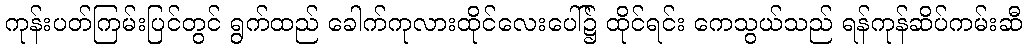
ကုန်းပတ်ကြမ်းပြင်တွင် ရွက်ထည် ခေါက်ကုလားထိုင်လေးပေါ်၌ ထိုင်ရင်း ကေသွယ်သည် ရန်ကုန်ဆိပ်ကမ်းဆီ